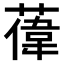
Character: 𫉔